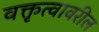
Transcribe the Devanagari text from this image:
वक्तृत्वावरील